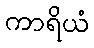
ကာရိယံ